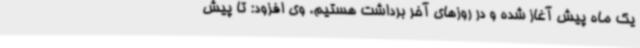
یک ماه پیش آغاز شده و در روزهای آخر برداشت هستیم. وی افزود: تا پیش